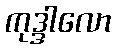
ကုဒ္ဒါလော